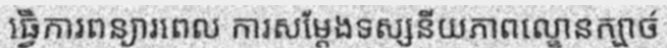
ធ្វើការពន្យារពេល ការសម្តែងទស្សនីយភាពល្ខោនក្បាច់